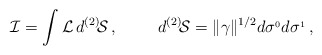
\begin{align*}{\cal I}=\int {\cal L}\, d^{(2)}\!{\cal S}\, ,\hskip 1 cm d^{(2)}\!{\cal S}= \Vert\gamma\Vert^{1/2} d\sigma^{_0}d\sigma^{_1} \, , \end{align*}